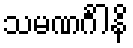
သမဏင်္ဂါနိ